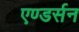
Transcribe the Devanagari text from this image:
एण्डर्सन